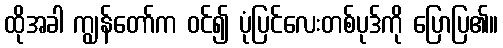
ထိုအခါ ကျွန်တော်က ဝင်၍ ပုံပြင်လေးတစ်ပုဒ်ကို ပြောပြ၏။